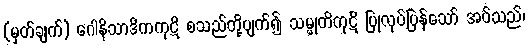
(မှတ်ချက်) ဂေါနိသာဒိကကုဋိ စသည်တို့ပျက်၍ သမ္မုတိကုဋိ ပြုလုပ်ပြန်သော် အပ်သည်၊